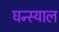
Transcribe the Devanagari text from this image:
घन्स्याल